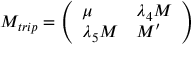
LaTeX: M _ { t r i p } = \left( \begin{array} { l l } { { \offinterlineskip { \mu } } } & { { \lambda _ { 4 } M } } \\ { { \lambda _ { 5 } M } } & { { { M ^ { \prime } } } } \end{array} \right)